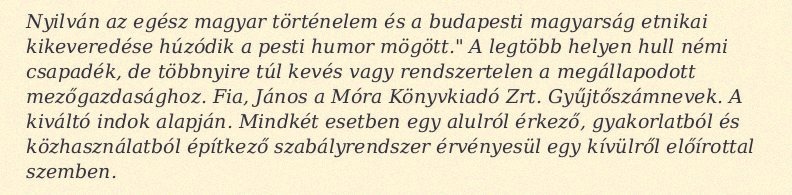
Nyilván az egész magyar történelem és a budapesti magyarság etnikai kikeveredése húzódik a pesti humor mögött." A legtöbb helyen hull némi csapadék, de többnyire túl kevés vagy rendszertelen a megállapodott mezőgazdasághoz. Fia, János a Móra Könyvkiadó Zrt. Gyűjtőszámnevek. A kiváltó indok alapján. Mindkét esetben egy alulról érkező, gyakorlatból és közhasználatból építkező szabályrendszer érvényesül egy kívülről előírottal szemben.